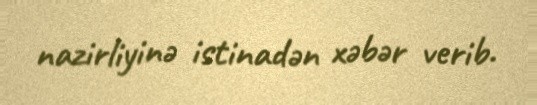
nazirliyinə istinadən xəbər verib.